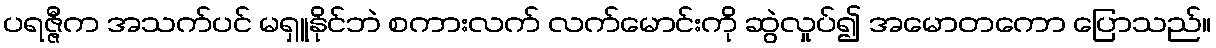
ပရဇ္ဇီက အသက်ပင် မရှူနိုင်ဘဲ စကားလက် လက်မောင်းကို ဆွဲလှုပ်၍ အမောတကော ပြောသည်။